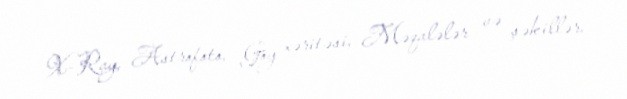
X-Ray, Astrofoto, Göy xəritəsi, Məqalələr və şəkillər.